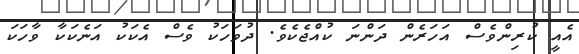
އެއީ ކުރިންވެސް އަހަރެން ދަންނަ ކުއްޖެކެވެ. ދުވަހަކު ވެސް އެކަކު އަނެކަކާ ވާހަކަ